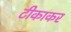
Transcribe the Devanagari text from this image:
टीकाकर